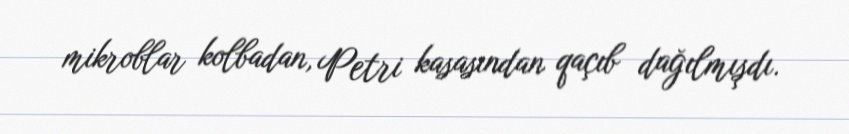
mikroblar kolbadan, Petri kasasından qaçıb dağılmışdı.